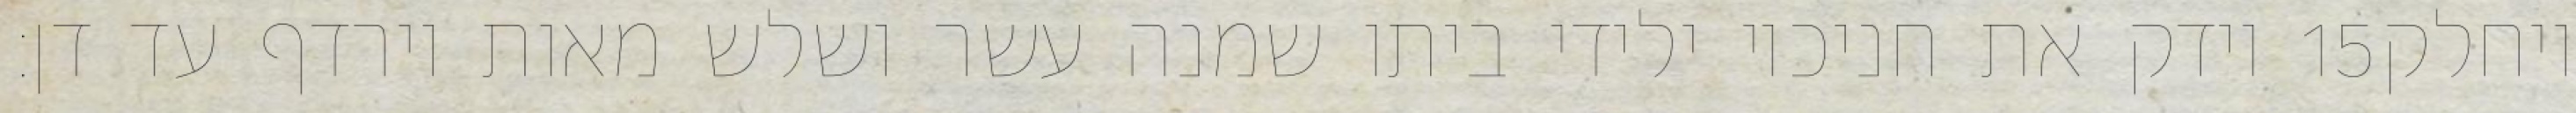
וידק את חניכיו ילידי ביתו שמנה עשר ושלש מאות וירדף עד דן׃ ‎15‏ ויחלק